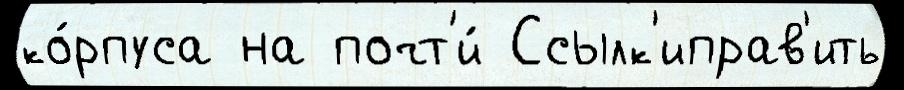
ко́рпуса на почт'и́ Ссылк'иправ'ить